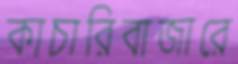
কাচারিবাজারে